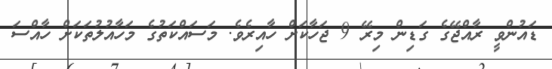
ޑައުންވީ ރާއްޖޭގެ ގަޑިން މިރޭ 9 ޖަހާކަށް ހާއިރެވެ. މަސައްކަތުގެ މަހާއުލުތަކަށް ހާއްސަ